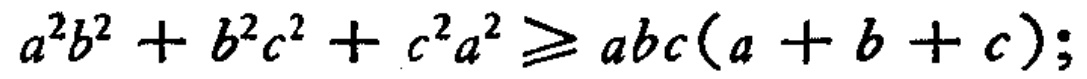
\(a^{2}b^{2}+b^{2}c^{2}+c^{2}a^{2}\geqslant abc(a + b + c);\)